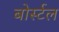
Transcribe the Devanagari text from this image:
बोर्स्टल